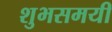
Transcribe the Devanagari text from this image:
शुभसमयी